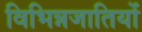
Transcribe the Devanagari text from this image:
विभिन्नजातियों